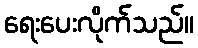
ရေးပေးလိုက်သည်။